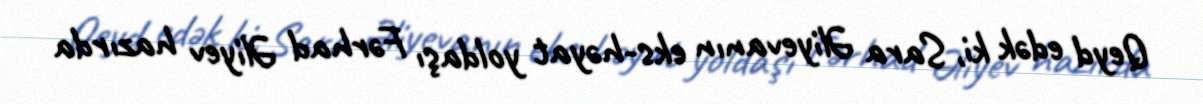
Qeyd edək ki, Sara Əliyevanın eks-həyat yoldaşı Fərhad Əliyev hazırda